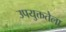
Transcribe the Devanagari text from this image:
उपयुक्ततेला